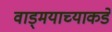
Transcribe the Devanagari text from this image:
वाड्मयाच्याकडे